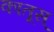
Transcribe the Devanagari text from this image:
कातूस्